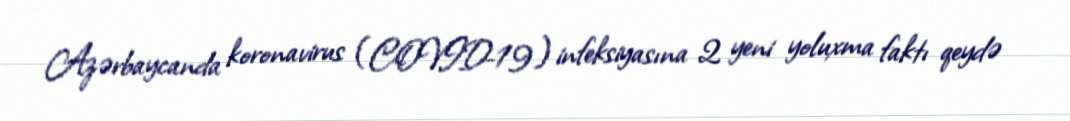
Azərbaycanda koronavirus (COVID-19) infeksiyasına 2 yeni yoluxma faktı qeydə